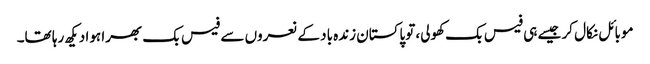
موبائل نکال کر جیسے ہی فیس بک کھولی، توپاکستان زندہ باد کے نعروں سے فیس بک بھرا ہوا دیکھ رہا تھا۔